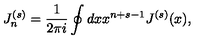
J _ { n } ^ { ( s ) } = \frac { 1 } { 2 \pi i } \oint d x x ^ { n + s - 1 } J ^ { ( s ) } ( x ) ,